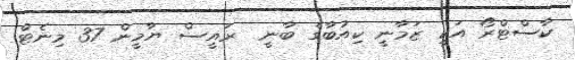
ކާސްޓްރޯ އަކީ ޒަމާނީ ކިއުބާގެ ބާނީ  ރައީސް ޔާމީން 37 މިނެޓް